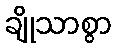
ချိုသာစွာ